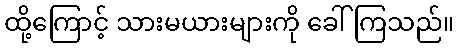
ထို့ကြောင့် သားမယားများကို ခေါ်ကြသည်။